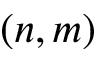
( n , m )